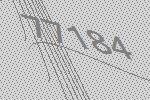
77184